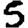
Digit: 5